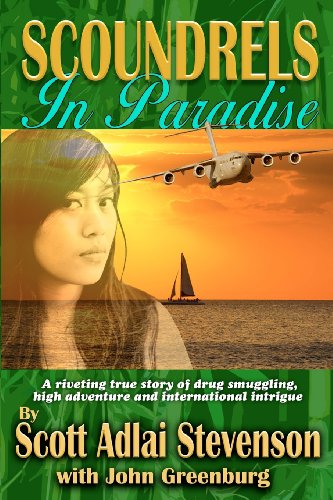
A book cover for Scoundrels in Paradise; Scott Adlai Stevenson; Biographies & Memoirs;